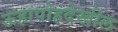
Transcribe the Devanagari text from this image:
ऊहापोहदेखील